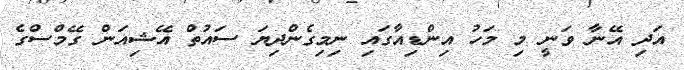
އަދި އޭނާ ވަނީ މި މަހު އިންޑިއާގައި ނިމިގެންދިޔަ ސައުތް އޭޝިއަން ގޭމްސްގެ